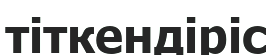
тіткендіріс